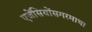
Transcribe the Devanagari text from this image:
एजेंसियोंसगरमाथा